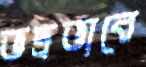
ভদ্রভাবে